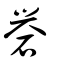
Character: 礜